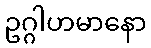
ဥဂ္ဂါဟမာနော